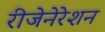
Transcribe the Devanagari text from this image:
रीजेनेरेशन